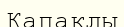
Капаклы